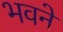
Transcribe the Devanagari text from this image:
भवने